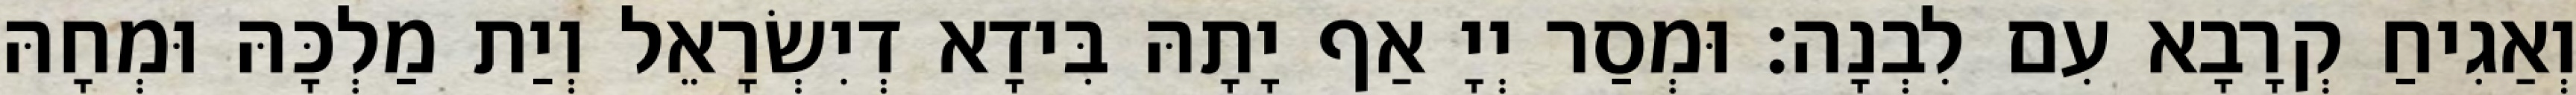
וְאַגִיחַ קְרָבָא עִם לִבְנָה׃ וּמְסַר יְיָ אַף יָתָהּ בִּידָא דְיִשְׂרָאֵל וְיַת מַלְכָּהּ וּמְחָהּ